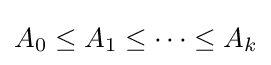
A_{0}\leq A_{1}\leq \dots \leq A_{k}